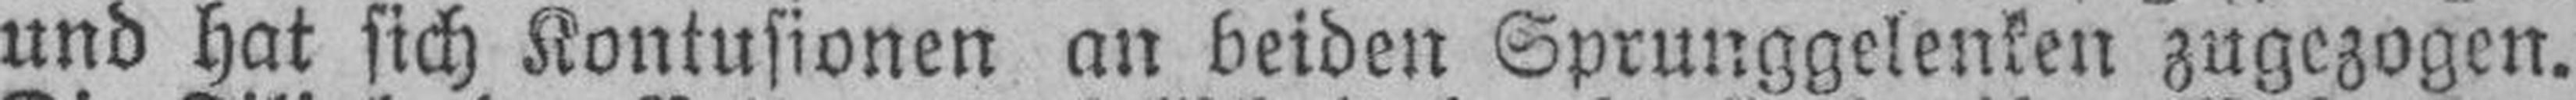
und hat sich Kontusionen an beiden Sprunggelenken zugezogen.